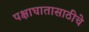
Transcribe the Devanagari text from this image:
पक्षाघातासाठीचे